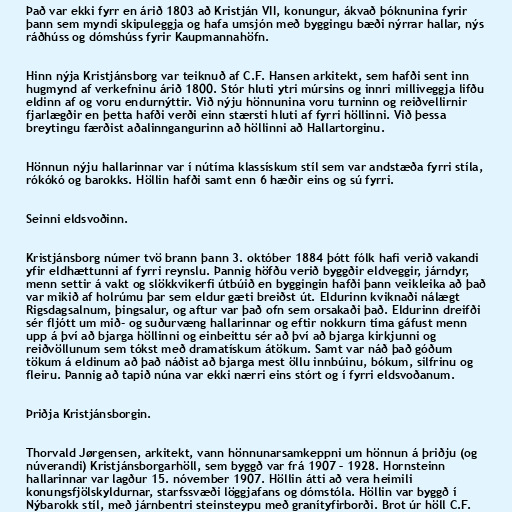
Það var ekki fyrr en árið 1803 að Kristján VII, konungur, ákvað þóknunina fyrir
þann sem myndi skipuleggja og hafa umsjón með byggingu bæði nýrrar hallar, nýs
ráðhúss og dómshúss fyrir Kaupmannahöfn.

Hinn nýja Kristjánsborg var teiknuð af C.F. Hansen arkitekt, sem hafði sent inn
hugmynd af verkefninu árið 1800. Stór hluti ytri múrsins og innri milliveggja lifðu
eldinn af og voru endurnýttir. Við nýju hönnunina voru turninn og reiðvellirnir
fjarlægðir en þetta hafði verði einn stærsti hluti af fyrri höllinni. Við þessa
breytingu færðist aðalinngangurinn að höllinni að Hallartorginu.

Hönnun nýju hallarinnar var í nútíma klassískum stíl sem var andstæða fyrri stíla,
rókókó og barokks. Höllin hafði samt enn 6 hæðir eins og sú fyrri.

Seinni eldsvoðinn.

Kristjánsborg númer tvö brann þann 3. október 1884 þótt fólk hafi verið vakandi
yfir eldhættunni af fyrri reynslu. Þannig höfðu verið byggðir eldveggir, járndyr,
menn settir á vakt og slökkvikerfi útbúið en byggingin hafði þann veikleika að það
var mikið af holrúmu þar sem eldur gæti breiðst út. Eldurinn kviknaði nálægt
Rigsdagsalnum, þingsalur, og aftur var það ofn sem orsakaði það. Eldurinn dreifði
sér fljótt um mið- og suðurvæng hallarinnar og eftir nokkurn tíma gáfust menn
upp á því að bjarga höllinni og einbeittu sér að því að bjarga kirkjunni og
reiðvöllunum sem tókst með dramatískum átökum. Samt var náð það góðum
tökum á eldinum að það náðist að bjarga mest öllu innbúinu, bókum, silfrinu og
fleiru. Þannig að tapið núna var ekki nærri eins stórt og í fyrri eldsvoðanum.

Þriðja Kristjánsborgin.

Thorvald Jørgensen, arkitekt, vann hönnunarsamkeppni um hönnun á þriðju (og
núverandi) Kristjánsborgarhöll, sem byggð var frá 1907 – 1928. Hornsteinn
hallarinnar var lagður 15. nóvember 1907. Höllin átti að vera heimili
konungsfjölskyldurnar, starfssvæði löggjafans og dómstóla. Höllin var byggð í
Nýbarokk stíl, með járnbentri steinsteypu með granítyfirborði. Brot úr höll C.F.